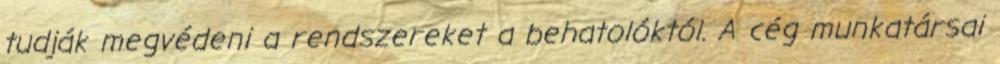
tudják megvédeni a rendszereket a behatolóktól. A cég munkatársai